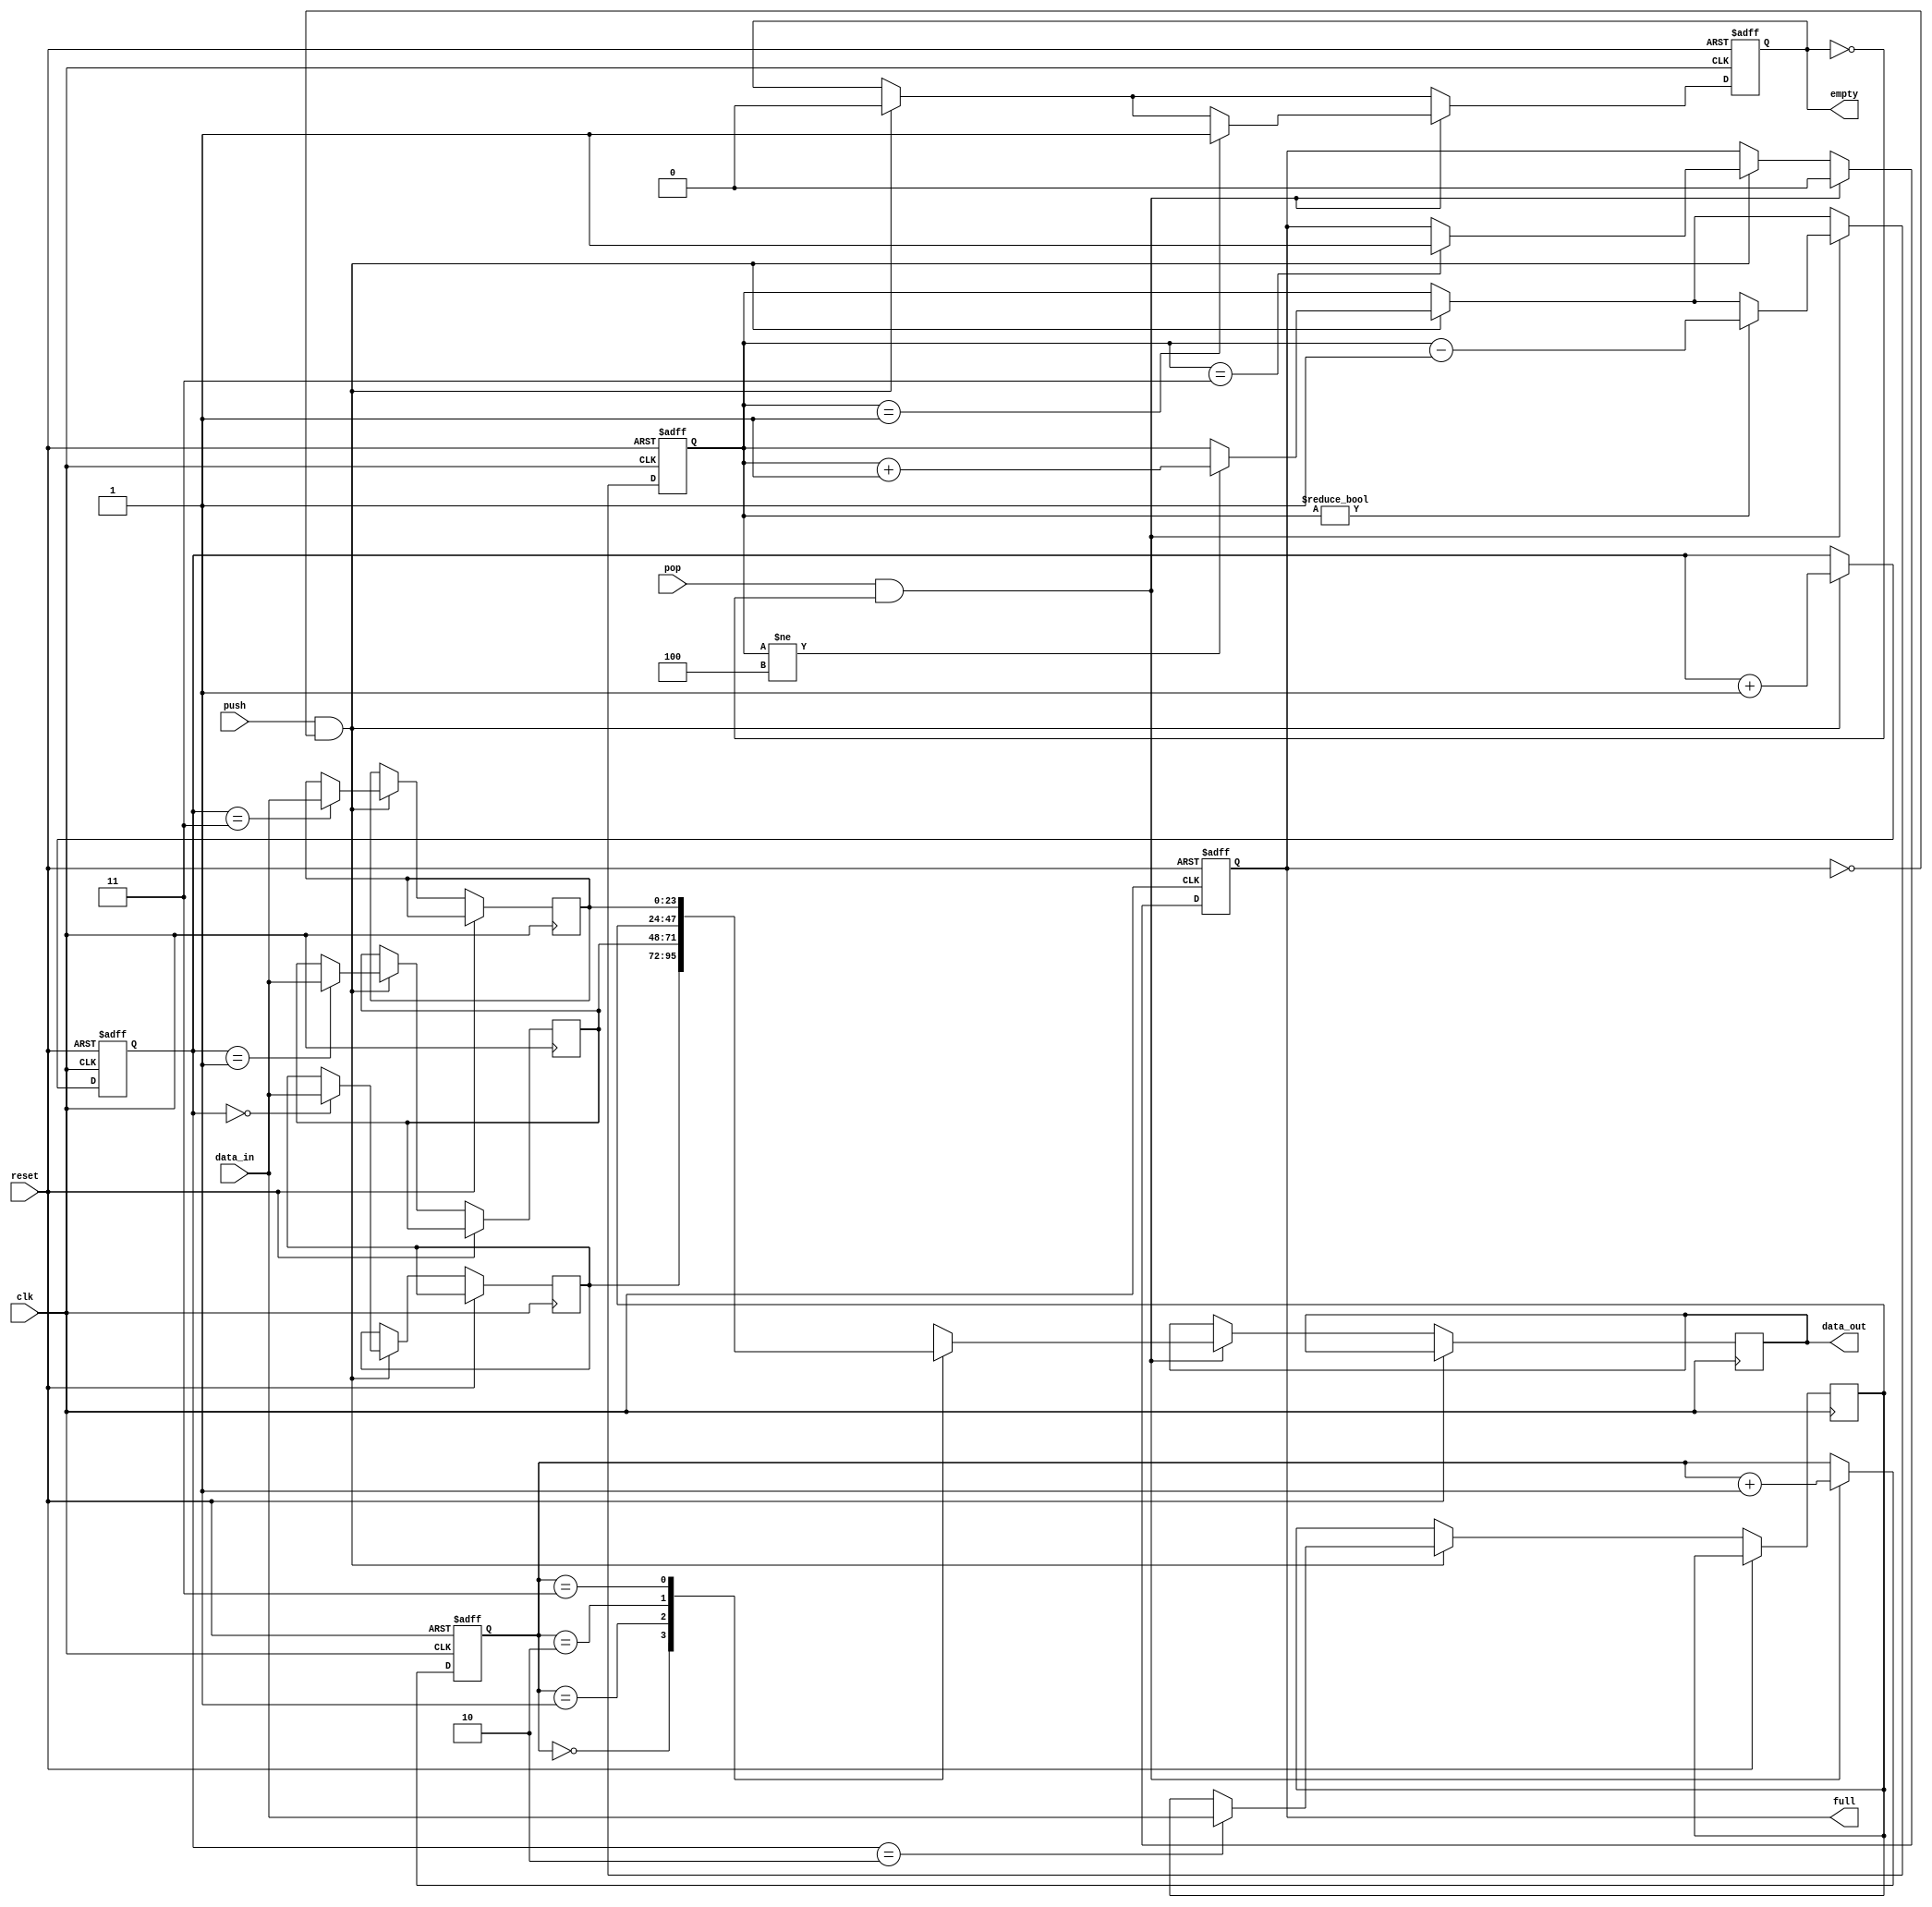
module fifo_sync (
    input clk,
    input reset,
    input [23:0] data_in,
    input push,             // Signal to push data into FIFO
    input pop,              // Signal to pop data from FIFO
    output reg [23:0] data_out,
    output reg empty,
    output reg full
);
    reg [23:0] fifo [3:0];  // 4 tiles deep FIFO buffer
    reg [1:0] write_ptr, read_ptr; // Pointers for write and read operations
    reg [2:0] count;        // Counter to keep track of the number of elements in FIFO

    always @(posedge clk or posedge reset) begin
        if (reset) begin
            write_ptr <= 2'b00;
            read_ptr <= 2'b00;
            count <= 3'b000;
            empty <= 1'b1;
            full <= 1'b0;
        end else begin
            // Handle simultaneous read and write operations
            if (push && !full) begin
                fifo[write_ptr] <= data_in;
                write_ptr <= write_ptr + 1;
                if (count != 4) count <= count + 1;
                empty <= 1'b0;
                if (count == 3) full <= 1'b1;
            end

            if (pop && !empty) begin
                data_out <= fifo[read_ptr];
                read_ptr <= read_ptr + 1;
                if (count != 0) count <= count - 1;
                full <= 1'b0;
                if (count == 1) empty <= 1'b1;
            end
        end
    end
endmodule